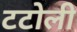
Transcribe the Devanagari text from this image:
टटोली